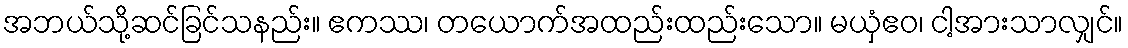
အဘယ်သို့ဆင်ခြင်သနည်း။ ဧကဿ၊ တယောက်အထည်းထည်းသော။ မယှံဧဝ၊ ငါ့အားသာလျှင်။